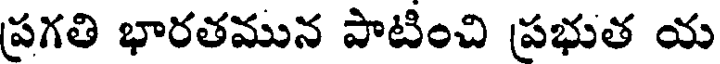
ప్రగతి భారతమున పాటించి ప్రభుత య